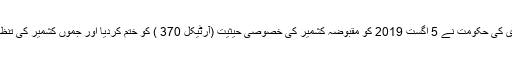
یاد رہے کہ بھارتی وزیراعظم نریندر مودی کی حکومت نے 5 اگست 2019 کو مقبوضہ کشمیر کی خصوصی حیثیت (آرٹیکل 370 ) کو ختم کردیا اور جموں کشمیر کی تنظیمِ نو سے متعلق نیا قانون منظور کرلیا تھا۔